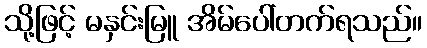
သို့ဖြင့် မနှင်းမြူ အိမ်ပေါ်တက်ရသည်။